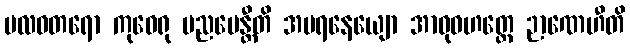
ဗလဝတရော ကုဝေရု ပညပေန္တီတိ အပရနေယျော အာဝုဓဟတ္ထေ ဉာဏေဟီတိ